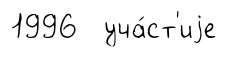
1996 уча́ст'иjе